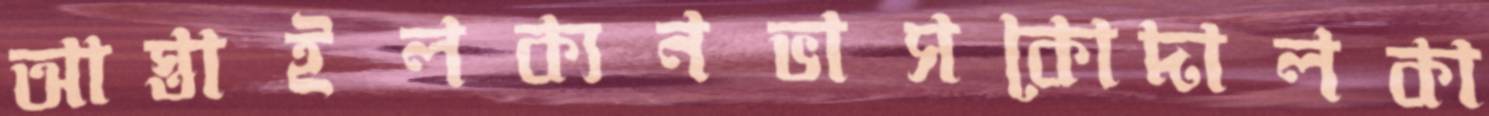
আস্তাইলক্যনভাসকোদালকা